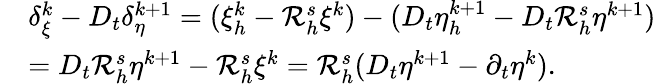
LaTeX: \begin{array}{rl}&{\delta_{\xi}^{k}-D_{t}\delta_{\eta}^{k+1}=(\xi_{h}^{k}-{\mathcal{R}_{h}^{s}}\xi^{k})-(D_{t}\eta_{h}^{k+1}-D_{t}{\mathcal{R}_{h}^{s}}\eta^{k+1})}\\ &{=D_{t}{\mathcal{R}_{h}^{s}}\eta^{k+1}-{\mathcal{R}_{h}^{s}}\xi^{k}={\mathcal{R}_{h}^{s}}(D_{t}\eta^{k+1}-\partial_{t}\eta^{k}).}\end{array}